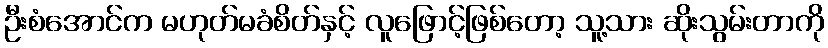
ဦးစံအောင်က မဟုတ်မခံစိတ်နှင့် လူဖြောင့်ဖြစ်တော့ သူ့သား ဆိုးသွမ်းတာကို